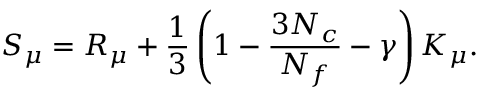
S _ { \mu } = R _ { \mu } + \frac { 1 } { 3 } \left( 1 - \frac { 3 N _ { c } } { N _ { f } } - \gamma \right) K _ { \mu } .